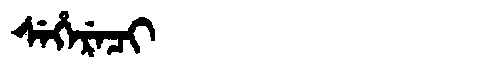
Manchu: ᠰᡝᡥᡝᡵᡝᠴᡳ
Romanization: SEHERECI